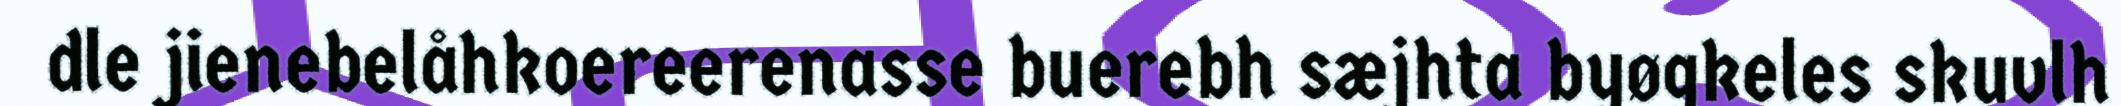
dle jienebelåhkoereerenasse buerebh sæjhta byøgkeles skuvlh